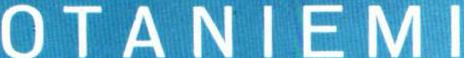
OTANIEMI